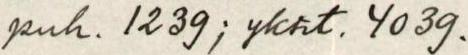
puh. 1239; yksit. 4039.